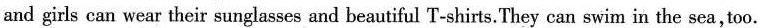
and girls can wear their sunglasses and beautiful T-shirts.They can swim in the sea,too.